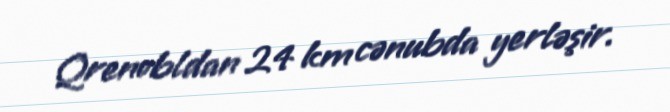
Qrenobldan 24 km cənubda yerləşir.